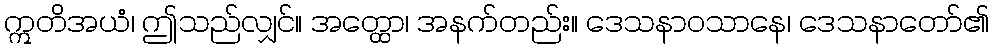
ဣတိအယံ၊ ဤသည်လျှင်။ အတ္ထော၊ အနက်တည်း။ ဒေသနာဝသာနေ၊ ဒေသနာတော်၏